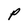
Character: P